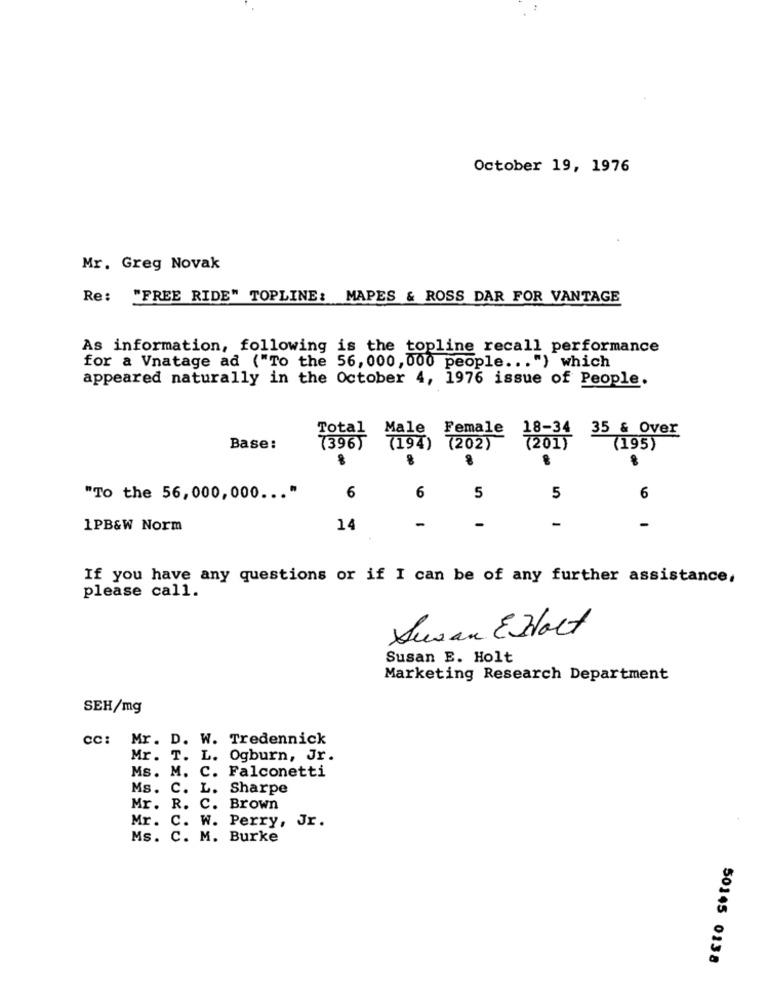
October 19, 1976
Mr. Greg Novak
Re: "FREE RIDE" TOPLINE: MAPES & ROSS DAR FOR VANTAGE
As information, following is the topline recall performance
for a Vnatage ad ("To the 56, 000, 000 people ... ") which
appeared naturally in the October 4, 1976 issue of People.
Total
Male
Female
18-34 35 & Over
Base:
7396
(194) (202)
7201)
(195)
6
6
5
5
"To the 56,000, 000 ... "
6
-
-
-
-
1PB&W Norm
14
If you have any questions or if I can be of any further assistance,
please call.
Susan Exact
Susan E. Holt
Marketing Research Department
SEH/mg
cc: Mr. D. W. Tredennick
Mr. T. L. Ogburn, Jr.
Ms. M. C. Falconetti
Ms. C. L. Sharpe
Mr. R. C. Brown
Mr. C. W. Perry, Jr.
Ms. C. M. Burke
50145 0138